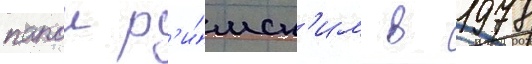
папои р'и́мск'им в 1978